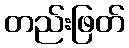
တည်းဖြတ်